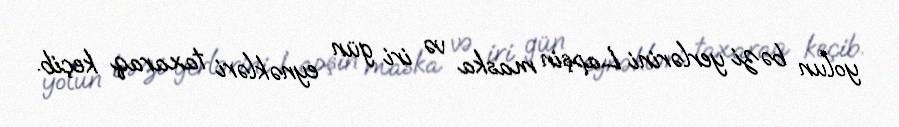
yolun bəzi yerlərini Lapşin maska və iri gün eynəkləri taxaraq keçib.